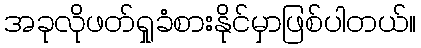
အခုလိုဖတ်ရှုခံစားနိုင်မှာဖြစ်ပါတယ်။